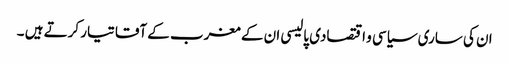
ان کی ساری سیاسی و اقتصادی پالیسی ان کے مغرب کے آقا تیار کرتے ہیں ۔